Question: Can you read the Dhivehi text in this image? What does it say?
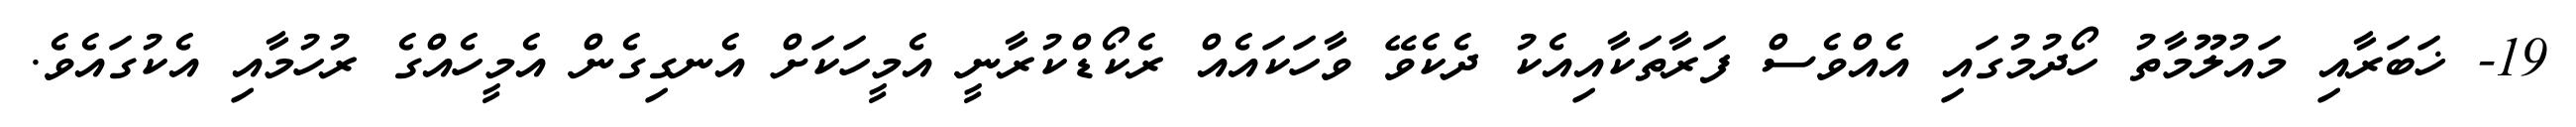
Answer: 19- ޚަބަރާއި މައުލޫމާތު ހޯދުމުގައި އެއްވެސް ފަރާތަކާއިއެކު ދެކެވޭ ވާހަކައެއް ރެކޯޑްކުރާނީ އެމީހަކަށް އެނގިގެން އެމީހެއްގެ ރުހުމާއި އެކުގައެވެ.